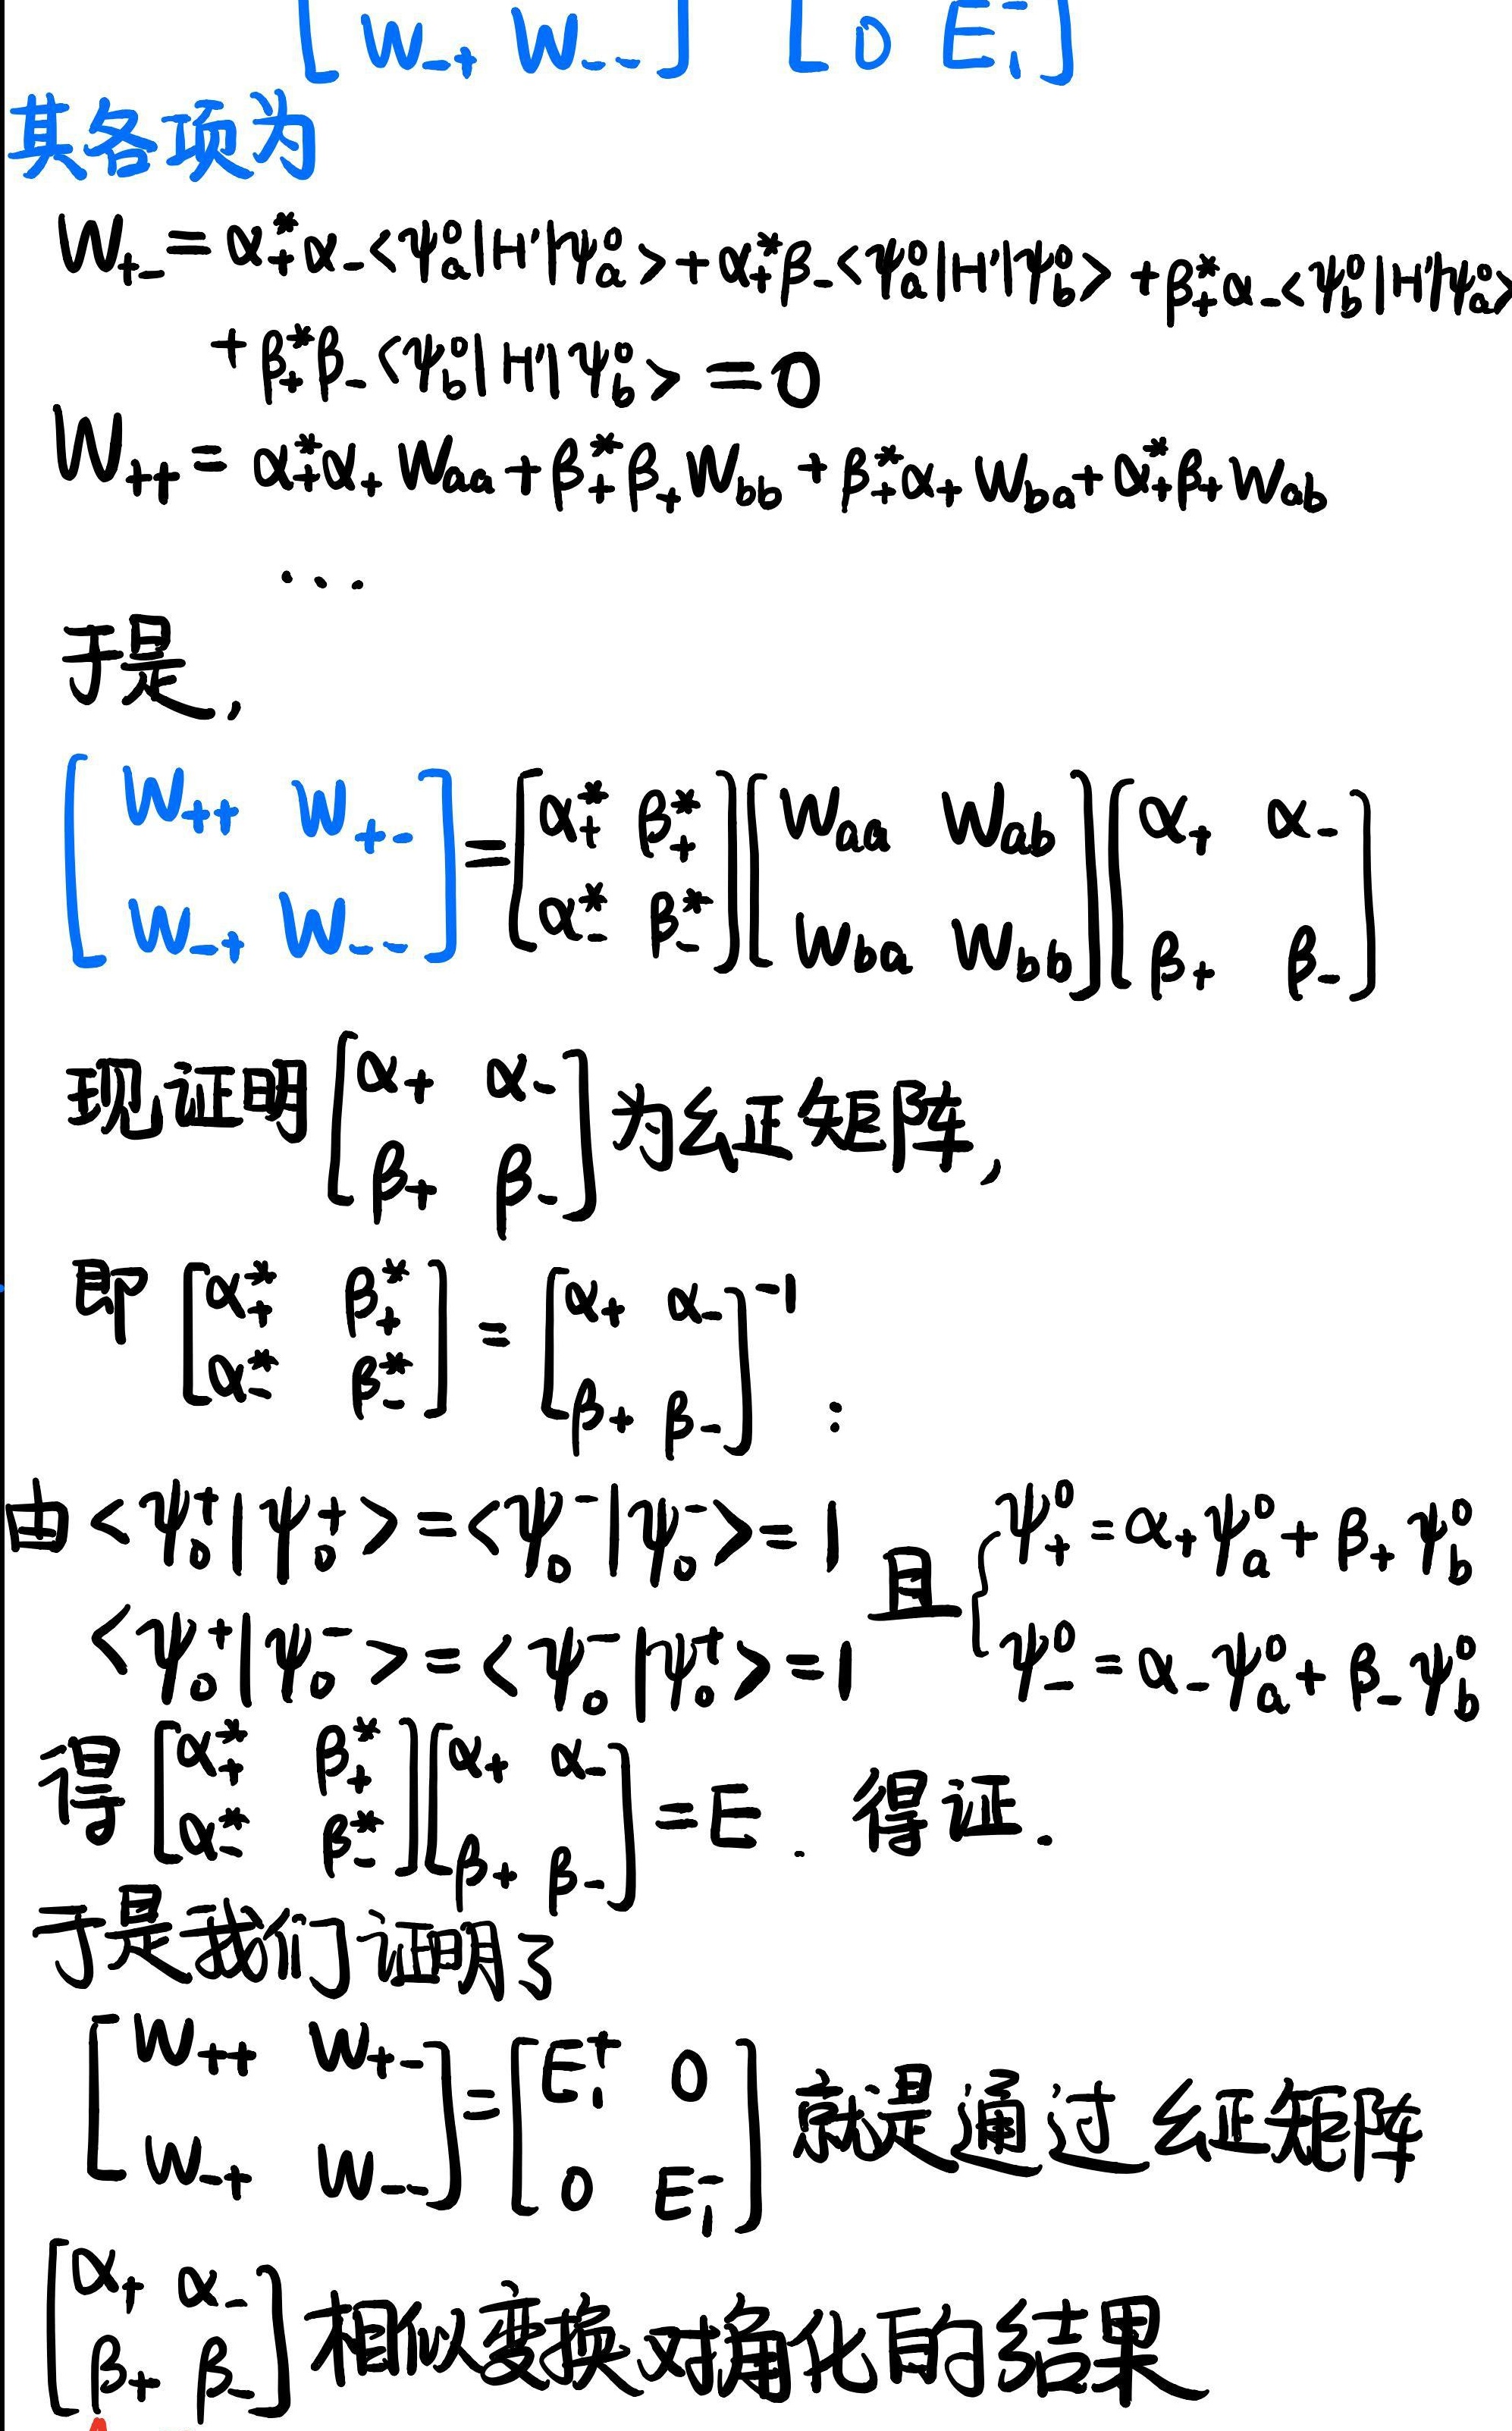
其各项为
\[
\begin{align*}
&W_{+-}=\alpha_{+}^{*}\alpha_{-}\langle\psi_{a}^{0}|H'|\psi_{a}^{0}\rangle+\alpha_{+}^{*}\beta_{-}\langle\psi_{a}^{0}|H'|\psi_{b}^{0}\rangle+\beta_{+}^{*}\alpha_{-}\langle\psi_{b}^{0}|H'|\psi_{a}^{0}\rangle+\beta_{+}^{*}\beta_{-}\langle\psi_{b}^{0}|H'|\psi_{b}^{0}\rangle = 0\\
&W_{++}=\alpha_{+}^{*}\alpha_{+}W_{aa}+\beta_{+}^{*}\beta_{+}W_{bb}+\beta_{+}^{*}\alpha_{+}W_{ba}+\alpha_{+}^{*}\beta_{+}W_{ab}
\end{align*}
\]
于是，
\[
\begin{bmatrix}W_{++}&W_{+-}\\W_{-+}&W_{--}\end{bmatrix}=\begin{bmatrix}\alpha_{+}^{*}&\beta_{+}^{*}\\\alpha_{-}^{*}&\beta_{-}^{*}\end{bmatrix}\begin{bmatrix}W_{aa}&W_{ab}\\W_{ba}&W_{bb}\end{bmatrix}\begin{bmatrix}\alpha_{+}&\alpha_{-}\\\beta_{+}&\beta_{-}\end{bmatrix}
\]
现证明\(\begin{bmatrix}\alpha_{+}&\alpha_{-}\\\beta_{+}&\beta_{-}\end{bmatrix}\)为幺正矩阵，
即\(\begin{bmatrix}\alpha_{+}^{*}&\beta_{+}^{*}\\\alpha_{-}^{*}&\beta_{-}^{*}\end{bmatrix}=\begin{bmatrix}\alpha_{+}&\alpha_{-}\\\beta_{+}&\beta_{-}\end{bmatrix}^{-1}\)：
由\(\langle\psi_{+}^{0}|\psi_{+}^{0}\rangle=\langle\psi_{-}^{0}|\psi_{-}^{0}\rangle = 1\)且\(\begin{cases}\psi_{+}^{0}=\alpha_{+}\psi_{a}^{0}+\beta_{+}\psi_{b}^{0}\\\psi_{-}^{0}=\alpha_{-}\psi_{a}^{0}+\beta_{-}\psi_{b}^{0}\end{cases}\)
\(\langle\psi_{+}^{0}|\psi_{-}^{0}\rangle=\langle\psi_{-}^{0}|\psi_{+}^{0}\rangle = 1\)得\(\begin{bmatrix}\alpha_{+}^{*}&\beta_{+}^{*}\\\alpha_{-}^{*}&\beta_{-}^{*}\end{bmatrix}\begin{bmatrix}\alpha_{+}&\alpha_{-}\\\beta_{+}&\beta_{-}\end{bmatrix}=E\)。得证。
于是我们证明了
\[
\begin{bmatrix}W_{++}&W_{+-}\\W_{-+}&W_{--}\end{bmatrix}=\begin{bmatrix}E_{1}^{+}&0\\0&E_{1}^{-}\end{bmatrix}
\]
就是通过幺正矩阵\(\begin{bmatrix}\alpha_{+}&\alpha_{-}\\\beta_{+}&\beta_{-}\end{bmatrix}\)相似变换对角化的结果。